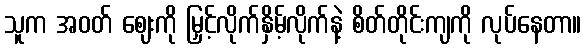
သူက အဝတ် ဈေးကို မြှင့်လိုက်နှိမ့်လိုက်နဲ့ စိတ်တိုင်းကျကို လုပ်နေတာ။